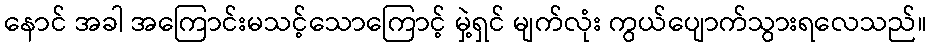
နောင် အခါ အကြောင်းမသင့်သောကြောင့် မှဲ့ရှင် မျက်လုံး ကွယ်ပျောက်သွားရလေသည်။